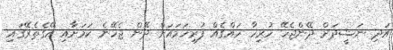
އަދި ނަޝީދަށް ދޭންޖެހޭ ހުރިހާ ހައްގެއް ފުރިހަމައަށް ދޭން ޖެހޭނެ ކަަމަށާއި އޭގެތެރޭގައި